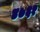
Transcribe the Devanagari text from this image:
४७६१